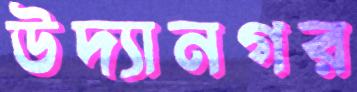
উদ্যানগর